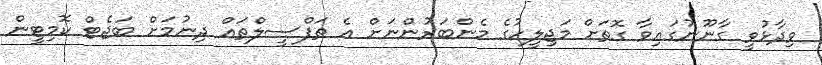
ވިދާޅުވީ ގާނޫނުގައިވާ ގޮތަށް މަޖިލީހުގެ މެންބަރުންނަށް އެ ތަފްސީލްތައް ދިނުމަށް ބަޖެޓް ކޮމިޓީން